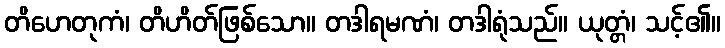
တိဟေတုကံ၊ တိဟိတ်ဖြစ်သော။ တဒါရမဏံ၊ တဒါရုံသည်။ ယုတ္တံ၊ သင့်၏။